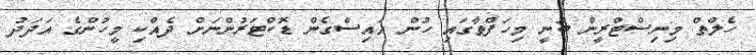
ހެލްތް މިނިސްޓްރީން ބުނީ މިހަފްތާގައި ހުން އައިސްގެން ޑޮކްޓަރުންނަށް ދެއްކި މީހުންގެ އަދަދު